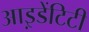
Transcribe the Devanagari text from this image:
आइ़डेंटिटी